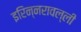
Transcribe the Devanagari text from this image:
इरिन्नरावल्ली